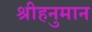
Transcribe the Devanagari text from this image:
श्रीहनुमान